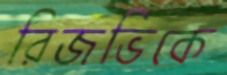
রিজভিকে